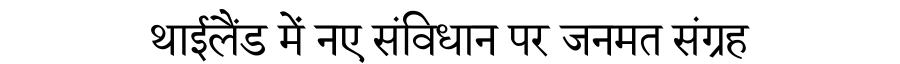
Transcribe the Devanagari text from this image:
थाईलैंड में नए संविधान पर जनमत संग्रह